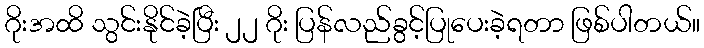
ဂိုးအထိ သွင်းနိုင်ခဲ့ပြီး ၂၂ ဂိုး ပြန်လည်ခွင့်ပြုပေးခဲ့ရတာ ဖြစ်ပါတယ်။